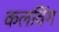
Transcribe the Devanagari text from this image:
कलविंग